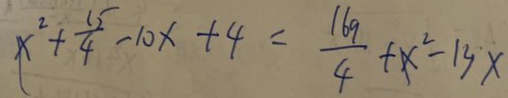
x ^ { 2 } + \frac { 1 5 } { 4 } - 1 0 x + 4 = \frac { 1 6 9 } { 4 } + x ^ { 2 } - 1 3 x